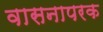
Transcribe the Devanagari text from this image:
वासनापरक